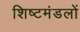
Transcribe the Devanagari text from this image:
शिष्टमंडलों